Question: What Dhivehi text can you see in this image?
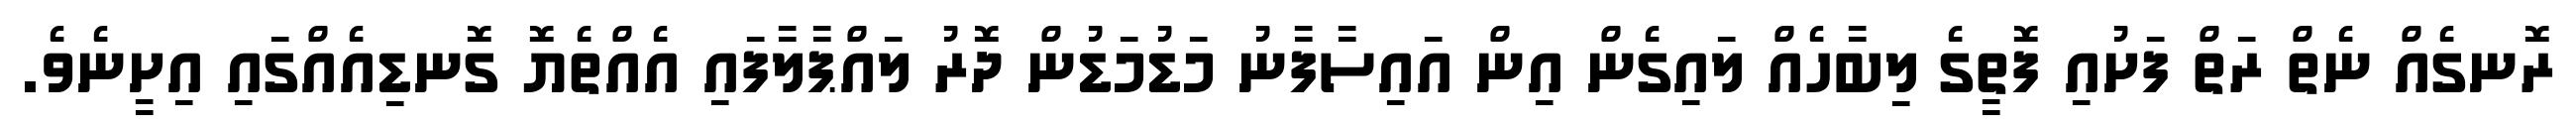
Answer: ރޮނގެއް ނެތް ރަތް ފަށުއި ފޮތީގެ ލިބާހެއް ލައިގެން އިން އައިސާފާނު މަޑުމަޑުން ދޮރު ލައްޕާލާފައި އެއްތެޔޮ ގޮނޑިއެއްގައި އިށީނެވެ.